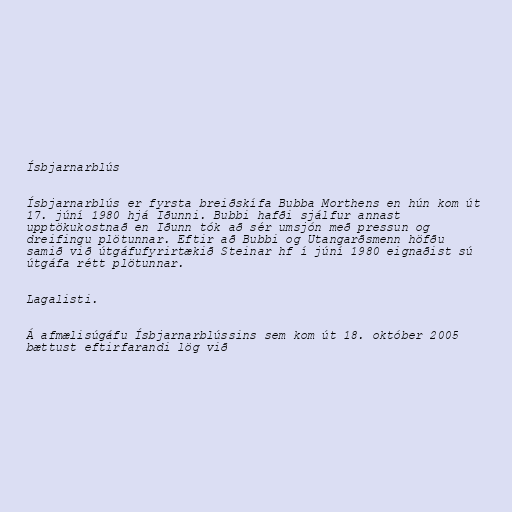
Ísbjarnarblús

Ísbjarnarblús er fyrsta breiðskífa Bubba Morthens en hún kom út
17. júní 1980 hjá Iðunni. Bubbi hafði sjálfur annast
upptökukostnað en Iðunn tók að sér umsjón með pressun og
dreifingu plötunnar. Eftir að Bubbi og Utangarðsmenn höfðu
samið við útgáfufyrirtækið Steinar hf í júní 1980 eignaðist sú
útgáfa rétt plötunnar.

Lagalisti.

Á afmælisúgáfu Ísbjarnarblússins sem kom út 18. október 2005
bættust eftirfarandi lög við